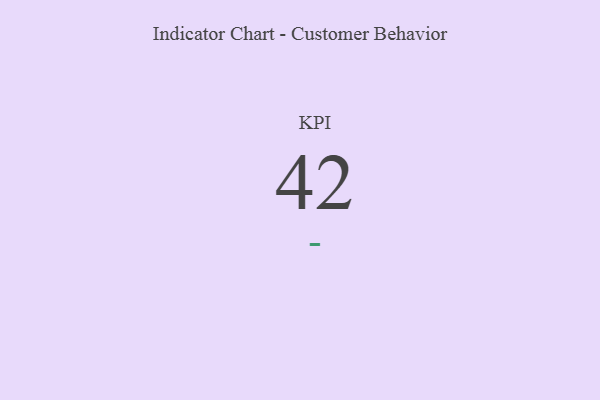
{"axis": {"x": "KPI", "y": "Value"}, "legend": [""], "data": [{"x": "KPI", "y": 42, "type": ""}]}